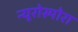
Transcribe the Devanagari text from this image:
न्यूरोस्पोरा